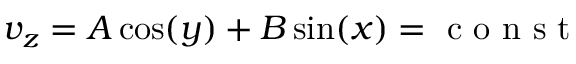
v _ { z } = A \cos ( y ) + B \sin ( x ) = \mathrm { ~ c ~ o ~ n ~ s ~ t ~ }